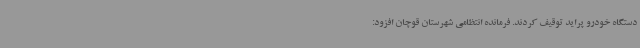
دستگاه خودرو پراید توقیف کردند. فرمانده انتظامی شهرستان قوچان افزود: